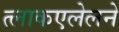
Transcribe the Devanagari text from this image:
त्लाकएलेलने